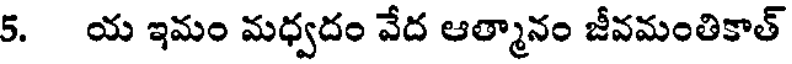
5. య ఇమం మధ్వదం వేద ఆత్మానం జీవమంతికాత్